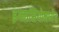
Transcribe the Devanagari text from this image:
इग्नासियोमध्येच